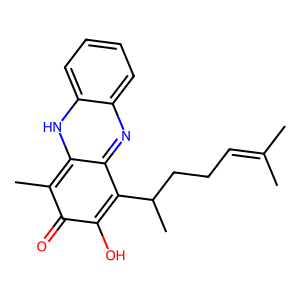
SMILES: CC(C)=CCCC(C)c1c2nc3ccccc3[nH]c-2c(C)c(=O)c1O
Inhibits HIV replication: No